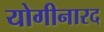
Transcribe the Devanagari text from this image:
योगीनारद